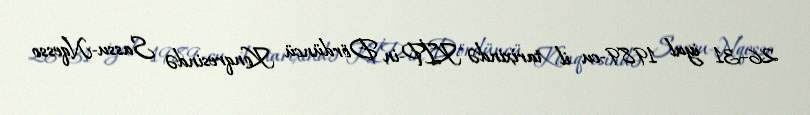
26–31 iyul 1989-cu il tarixində KİP-in Dördüncü Konqresində Sassu-Nqesso